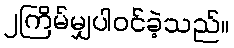
၂ကြိမ်မျှပါဝင်ခဲ့သည်။